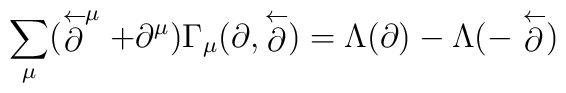
\sum_{\mu}  ( \stackrel{\leftarrow} {\partial}^{\mu} +\partial^{\mu} ) \Gamma_{\mu} (\partial, \stackrel{\leftarrow}{\partial})= \Lambda(\partial)- \Lambda(-\stackrel{\leftarrow}{\partial})